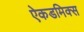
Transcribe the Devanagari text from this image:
ऐकडमिक्स